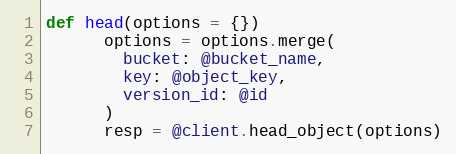
Language: Ruby
def head(options = {})
      options = options.merge(
        bucket: @bucket_name,
        key: @object_key,
        version_id: @id
      )
      resp = @client.head_object(options)